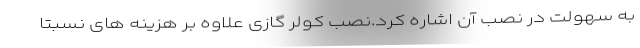
به سهولت در نصب آن اشاره کرد.نصب کولر گازی علاوه بر هزینه های نسبتا